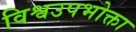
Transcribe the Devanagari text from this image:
विश्वउपभोक्ता